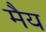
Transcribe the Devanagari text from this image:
मैय